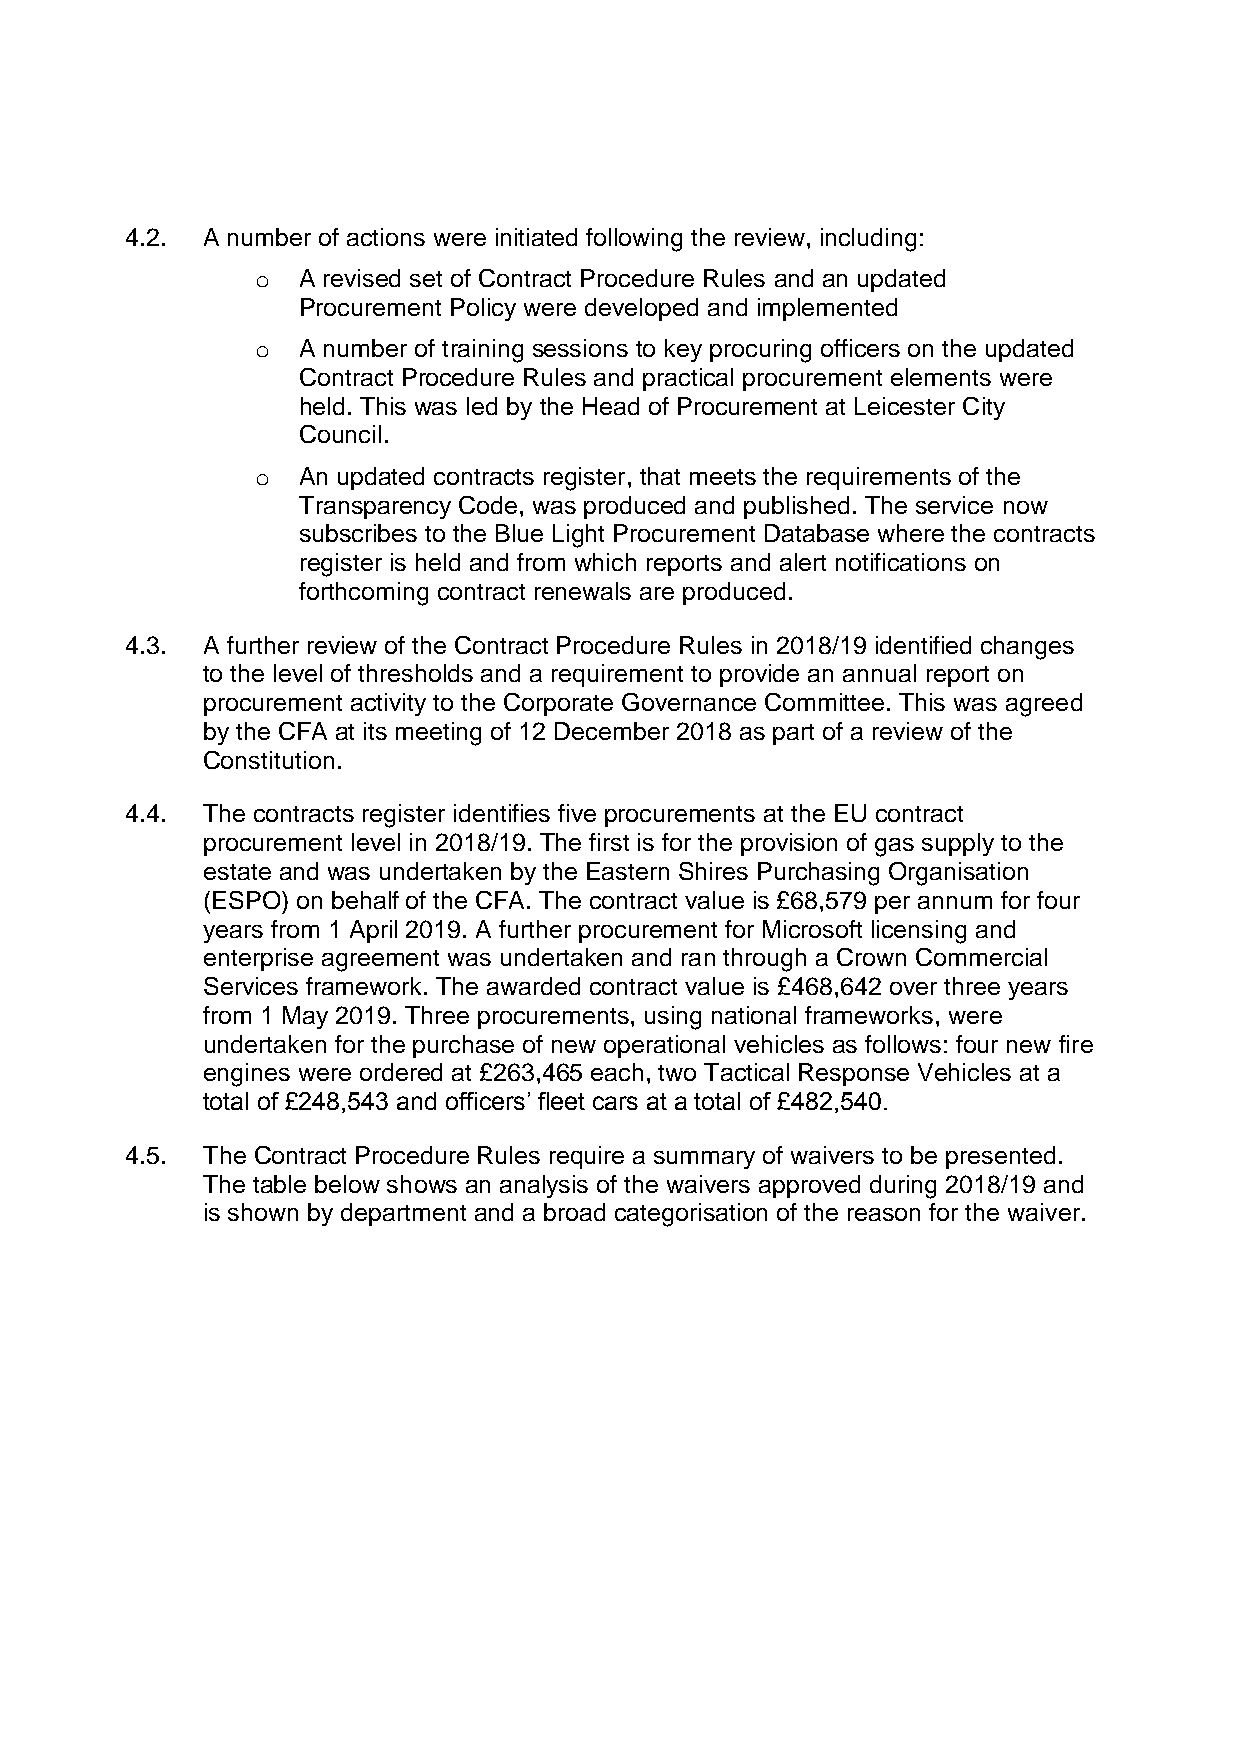
4.2. A number of actions were initiated following the review, including:
 o  A revised set of Contract Procedure Rules and an updated
 Procurement Policy were developed and implemented
 o  A number of training sessions to key procuring officers on the updated
 Contract Procedure Rules and practical procurement elements were
 held. This was led by the Head of Procurement at Leicester City
 Council.
 o  An updated contracts register, that meets the requirements of the
 Transparency Code, was produced and published. The service now
 subscribes to the Blue Light Procurement Database where the contracts
 register is held and from which reports and alert notifications on
 forthcoming contract renewals are produced.
 4.3. A further review of the Contract Procedure Rules in 2018/19 identified changes
 to the level of thresholds and a requirement to provide an annual report on
 procurement activity to the Corporate Governance Committee. This was agreed
 by the CFA at its meeting of 12 December 2018 as part of a review of the
 Constitution.
 4.4. T he contracts register identifies five procurements at the EU contract
 procurement level in 2018/19. The first is for the provision of gas supply to the
 estate and was undertaken by the Eastern Shires Purchasing Organisation
 (ESPO) on behalf of the CFA. The contract value is £68,579 per annum for four
 years from 1 April 2019. A further procurement for Microsoft licensing and
 enterprise agreement was undertaken and ran through a Crown Commercial
 Services framework. The awarded contract value is £468,642 over three years
 from 1 May 2019. Three procurements, using national frameworks, were
 undertaken for the purchase of new operational vehicles as follows: four new fire
 engines were ordered at £263,465 each, two Tactical Response Vehicles at a
 total of £248,543 and officers’ fleet cars at a total of £482,540.
 4.5. T he Contract Procedure Rules require a summary of waivers to be presented.
 The table below shows an analysis of the waivers approved during 2018/19 and
 is shown by department and a broad categorisation of the reason for the waiver.